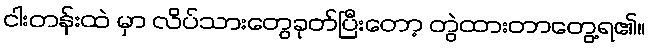
ငါးတန်းထဲ မှာ လိပ်သားတွေခုတ်ပြီးတော့ တွဲထားတာတွေ့ရ၏။